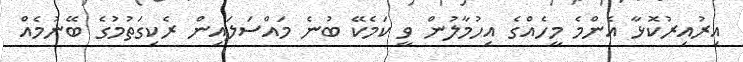
އިރުއިރުކޮޅާ އެންމެ މީހެއްގެ އިހުމާލުން ވީ ކަމެކޭ ބުނެ މައްސަލައިން ރެކިގަތުމުގެ ބޭނުމެއް